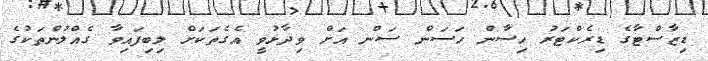
ޑިޒާސްޓާގެ ޑިރެކްޓަރު ހިސާން ހަސަން ސަން އަށް ވިދާޅުވީ އެގެތަކަށް ލިބިފައިވާ ގެއްލުންތަކުގެ